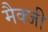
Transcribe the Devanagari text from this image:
मैक्जी